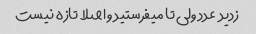
زدید  عدد ولی تا میفرستید و اصلا تازه نیست